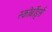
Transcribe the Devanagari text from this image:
स्कोर्बोर्ड्स